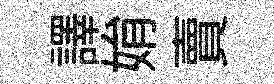
譯姢賣